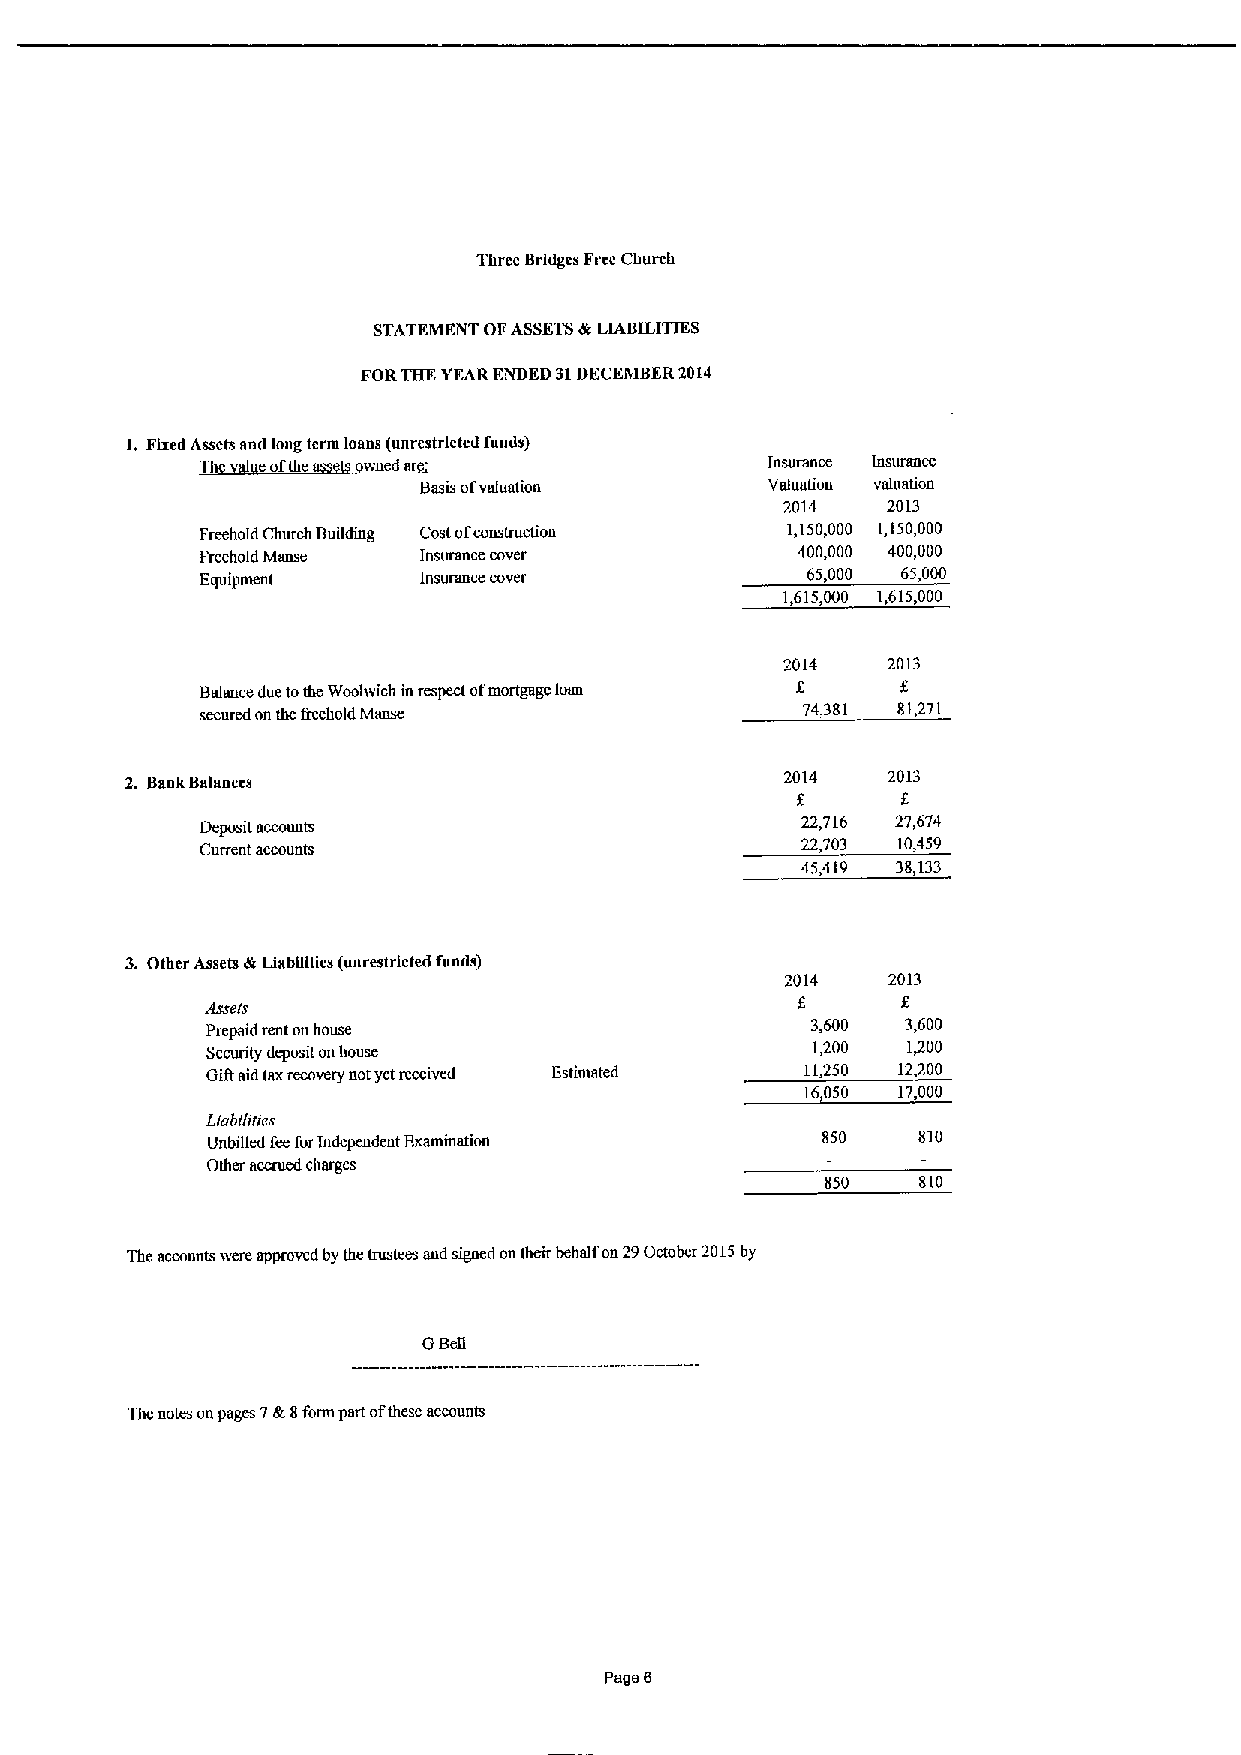
Three Bridges Free Church
 STATEMENT OFASSETStk LIABILITIES
 FORTHE YEARENDED 31DECEMBER2014
 1.Fixed Assets sad loug terra loans (unrestricted funds)
 Tl  eofthe weeder '                   Insurance hlsurancc
 Basis ofvaluation      Valuadon vnhlation
 2014   2013
 Freehold Chinch Building Costofconstruction 1,150,000 1,150,000
 Freehold Manse Insurance cover          400,000 400,000
 Equiparant     Insurance cover          65,000 65,000
 1,615,000 1,615,000
 2014   2013
 I
 Balance due tothe Woolwich inrespect ofmortgage lone
 secured on the Beehold Manse            74,381 81471
 2. BaokBalances                             2014   2013
 8
 Deposit accounts                        22,716 27,674
 Current accounts                        22,703 10,459
 45,419 38,133
 3. Other Assets dr Liabgides (unrestricted fuulD)
 2014   2013
 rlsrera
 Prepaid rent ouhouse                    3,600 3,600
 Security deposit onhouse                1,200 I/00
 Gift aid taxrecovery notyet received Estimated 11,250 12,200
 16050 17,000
 Llabiltlres
 Unbiged feeforIndependent Examination   850    810
 Other nccrued Charges
 850   810
 The accounts were appmved by the trustees and sigaed ontheir behalf on29October 2015by
 GBell
 Tlm notes onpages 7dt 8form part ofthese accounts
 Page 0